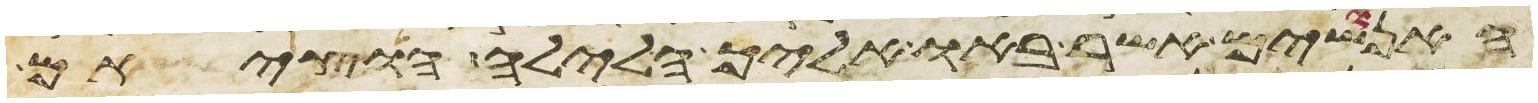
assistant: האנושים אשר באו אליך הלילה הוציאם